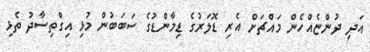
އަދި ދުންޏެއްހެން މައްޗަށް އެރި ޑޮލަރުގެ ޑިމާންޑުގެ ސަބަބުން މުޅި އިގްތިސާދު ތެޅި